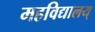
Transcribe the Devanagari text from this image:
महविद्यालय्